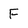
Character: F